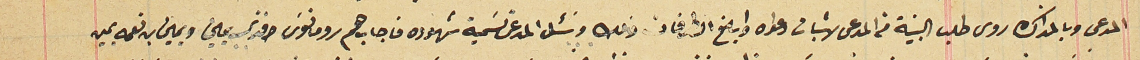
المدعى وبالمذاكره روى طلب البينة من المدعى لاثبات دعواه وابلغ الطرفان ذلك وسَئل المدعى تسَمية شهوده فاجاب هم رومانوسَ افندى يمين ويمين بن نعمه يمين